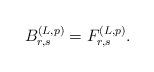
LaTeX: \begin{align*}B_{r,s}^{(L,p)} = F_{r,s}^{(L,p)}.\end{align*}